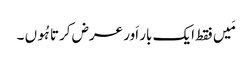
مَیں فقط ایک بار اَور عرض کرتا ہُوں ۔